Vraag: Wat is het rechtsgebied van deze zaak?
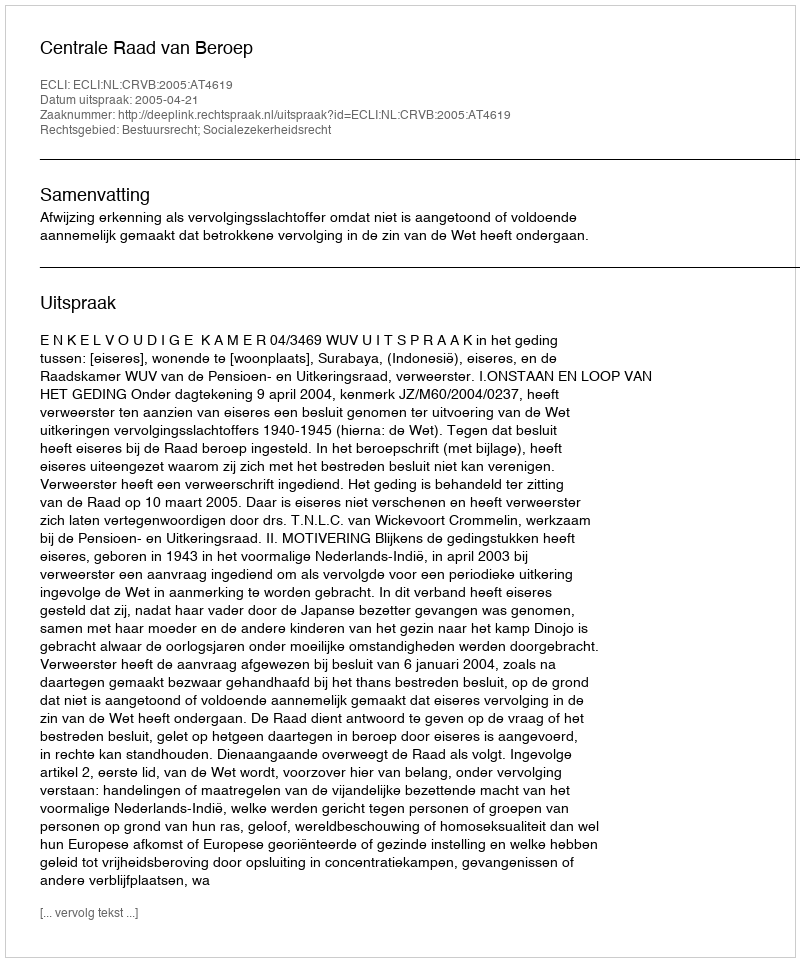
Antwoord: Bestuursrecht; Socialezekerheidsrecht